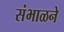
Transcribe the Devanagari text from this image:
संभाळने